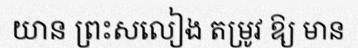
យាន ព្រះសលៀង តម្រូវ ឱ្យ មាន